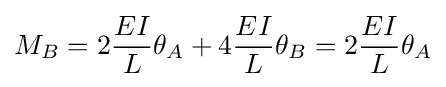
M_{B}=2{\frac {EI}{L}}\theta _{A}+4{\frac {EI}{L}}\theta _{B}=2{\frac {EI}{L}}\theta _{A}